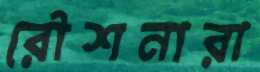
রৌশনারা